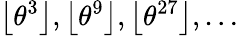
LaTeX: \left\lfloor\theta^{3}\right\rfloor,\left\lfloor\theta^{9}\right\rfloor,\left\lfloor\theta^{27}\right\rfloor,\dots